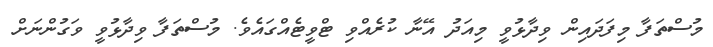
މުސްތަފާ މިފަދައިން ވިދާޅުވީ މިއަދު އޭނާ ކުރެއްވި ޓްވީޓެއްގައެވެ. މުސްތަފާ ވިދާޅުވީ ވަގުންނަށް